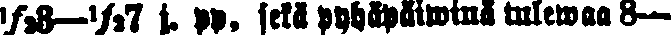
½8—½7 j. pp. sekä pyhäpäiwinä tulewaa 8—